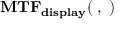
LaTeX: \mathbf { M T F _ { d i s p l a y } ( \xi , \eta ) }